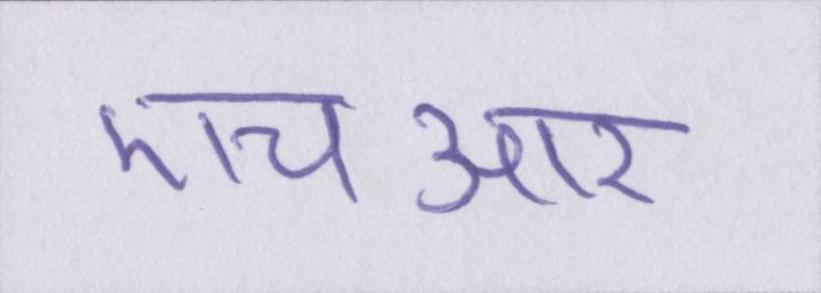
एचआर